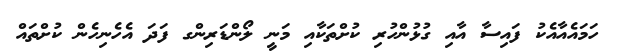
ހަމައެއާއެކު ފައިސާ އާއި ގުޅުންހުރި ކުށްތަކާއި މަނީ ލޯންޑަރިންގ ފަދަ އެހެނިހެން ކުށްތައް